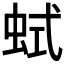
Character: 𧊖